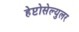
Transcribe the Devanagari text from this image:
हेप्टोसेल्युलर